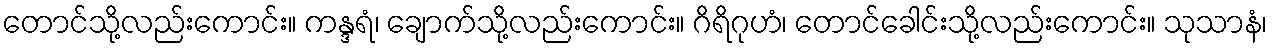
တောင်သို့လည်းကောင်း။ ကန္ဒရံ၊ ချောက်သို့လည်းကောင်း။ ဂိရိဂုဟံ၊ တောင်ခေါင်းသို့လည်းကောင်း။ သုသာနံ၊